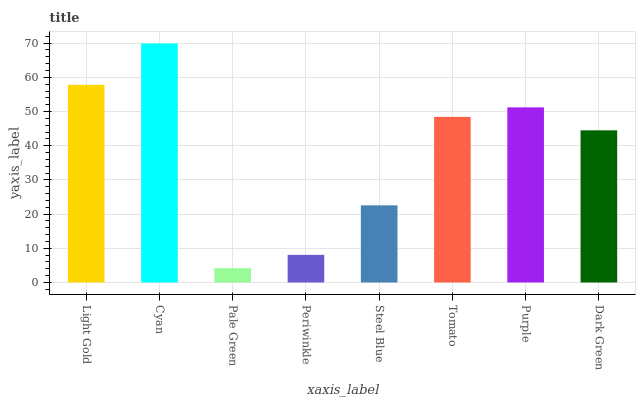
| xaxis_label | bars |
 | --- | --- |
 | Light Gold | 57.8 |
 | Cyan | 69.9 |
 | Pale Green | 4.17 |
 | Periwinkle | 8.08 |
 | Steel Blue | 22.6 |
 | Tomato | 48.4 |
 | Purple | 51.2 |
 | Dark Green | 44.5 |